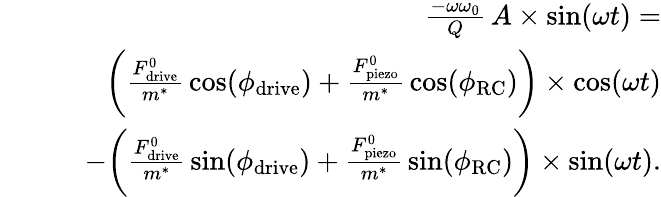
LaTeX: \begin{array}{rlr}&{}&{\frac{-\omega\omega_{0}}{Q}\, A\times\sin(\omega t)=}\\ &{}&{\quad\bigg(\frac{F_{\mathrm{drive}}^{0}}{m^{*}}\, \cos(\phi_{\mathrm{drive}})+\frac{F_{\mathrm{piezo}}^{0}}{m^{*}}\, \cos(\phi_{\mathrm{RC}})\bigg)\times\cos(\omega t)}\\ &{}&{\quad-\bigg(\frac{F_{\mathrm{drive}}^{0}}{m^{*}}\, \sin(\phi_{\mathrm{drive}})+\frac{F_{\mathrm{piezo}}^{0}}{m^{*}}\, \sin(\phi_{\mathrm{RC}})\bigg)\times\sin(\omega t).}\end{array}